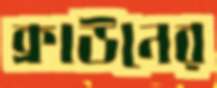
ক্রাউনের